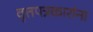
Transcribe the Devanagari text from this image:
वृत्तपत्रकारांना